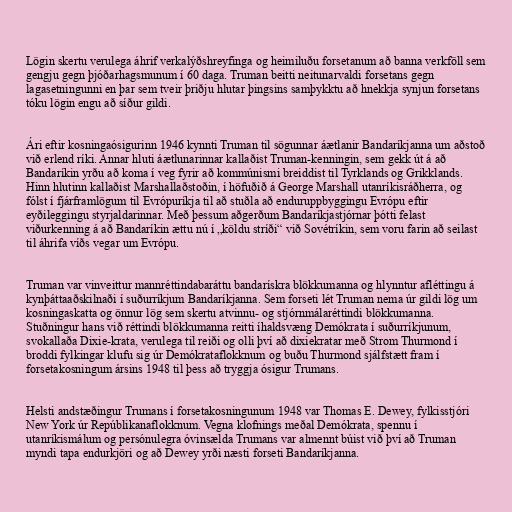
Lögin skertu verulega áhrif verkalýðshreyfinga og heimiluðu forsetanum að banna verkföll sem
gengju gegn þjóðarhagsmunum í 60 daga. Truman beitti neitunarvaldi forsetans gegn
lagasetningunni en þar sem tveir þriðju hlutar þingsins samþykktu að hnekkja synjun forsetans
tóku lögin engu að síður gildi.

Ári eftir kosningaósigurinn 1946 kynnti Truman til sögunnar áætlanir Bandaríkjanna um aðstoð
við erlend ríki. Annar hluti áætlunarinnar kallaðist Truman-kenningin, sem gekk út á að
Bandaríkin yrðu að koma í veg fyrir að kommúnismi breiddist til Tyrklands og Grikklands.
Hinn hlutinn kallaðist Marshallaðstoðin, í höfuðið á George Marshall utanríkisráðherra, og
fólst í fjárframlögum til Evrópuríkja til að stuðla að enduruppbyggingu Evrópu eftir
eyðileggingu styrjaldarinnar. Með þessum aðgerðum Bandaríkjastjórnar þótti felast
viðurkenning á að Bandaríkin ættu nú í „köldu stríði“ við Sovétríkin, sem voru farin að seilast
til áhrifa víðs vegar um Evrópu.

Truman var vinveittur mannréttindabaráttu bandarískra blökkumanna og hlynntur afléttingu á
kynþáttaaðskilnaði í suðurríkjum Bandaríkjanna. Sem forseti lét Truman nema úr gildi lög um
kosningaskatta og önnur lög sem skertu atvinnu- og stjórnmálaréttindi blökkumanna.
Stuðningur hans við réttindi blökkumanna reitti íhaldsvæng Demókrata í suðurríkjunum,
svokallaða Dixie-krata, verulega til reiði og olli því að dixiekratar með Strom Thurmond í
broddi fylkingar klufu sig úr Demókrataflokknum og buðu Thurmond sjálfstætt fram í
forsetakosningum ársins 1948 til þess að tryggja ósigur Trumans.

Helsti andstæðingur Trumans í forsetakosningunum 1948 var Thomas E. Dewey, fylkisstjóri
New York úr Repúblikanaflokknum. Vegna klofnings meðal Demókrata, spennu í
utanríkismálum og persónulegra óvinsælda Trumans var almennt búist við því að Truman
myndi tapa endurkjöri og að Dewey yrði næsti forseti Bandaríkjanna.